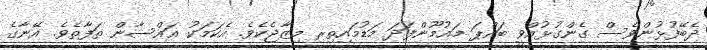
ދެބޭފުޅުންވެސް ގެންގުޅުއްވީ ބައްޕަ މައުމޫންފަދަ މަޑުމައިތިރި މިޒާޖެކެވެ. އެކަމަކު ޣައްސާން ތަފާތެވެ. އޭނާގެ